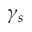
\gamma _ { s }